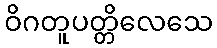
ဝိဂတူပတ္တိလေသေ